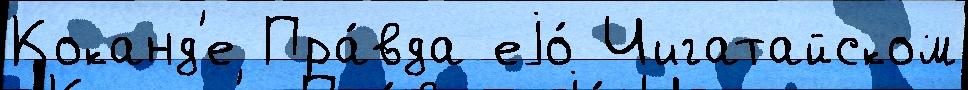
Коканд'е Пра́вда еjо́ Чигатайском